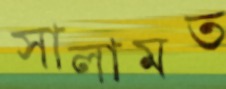
সালামত